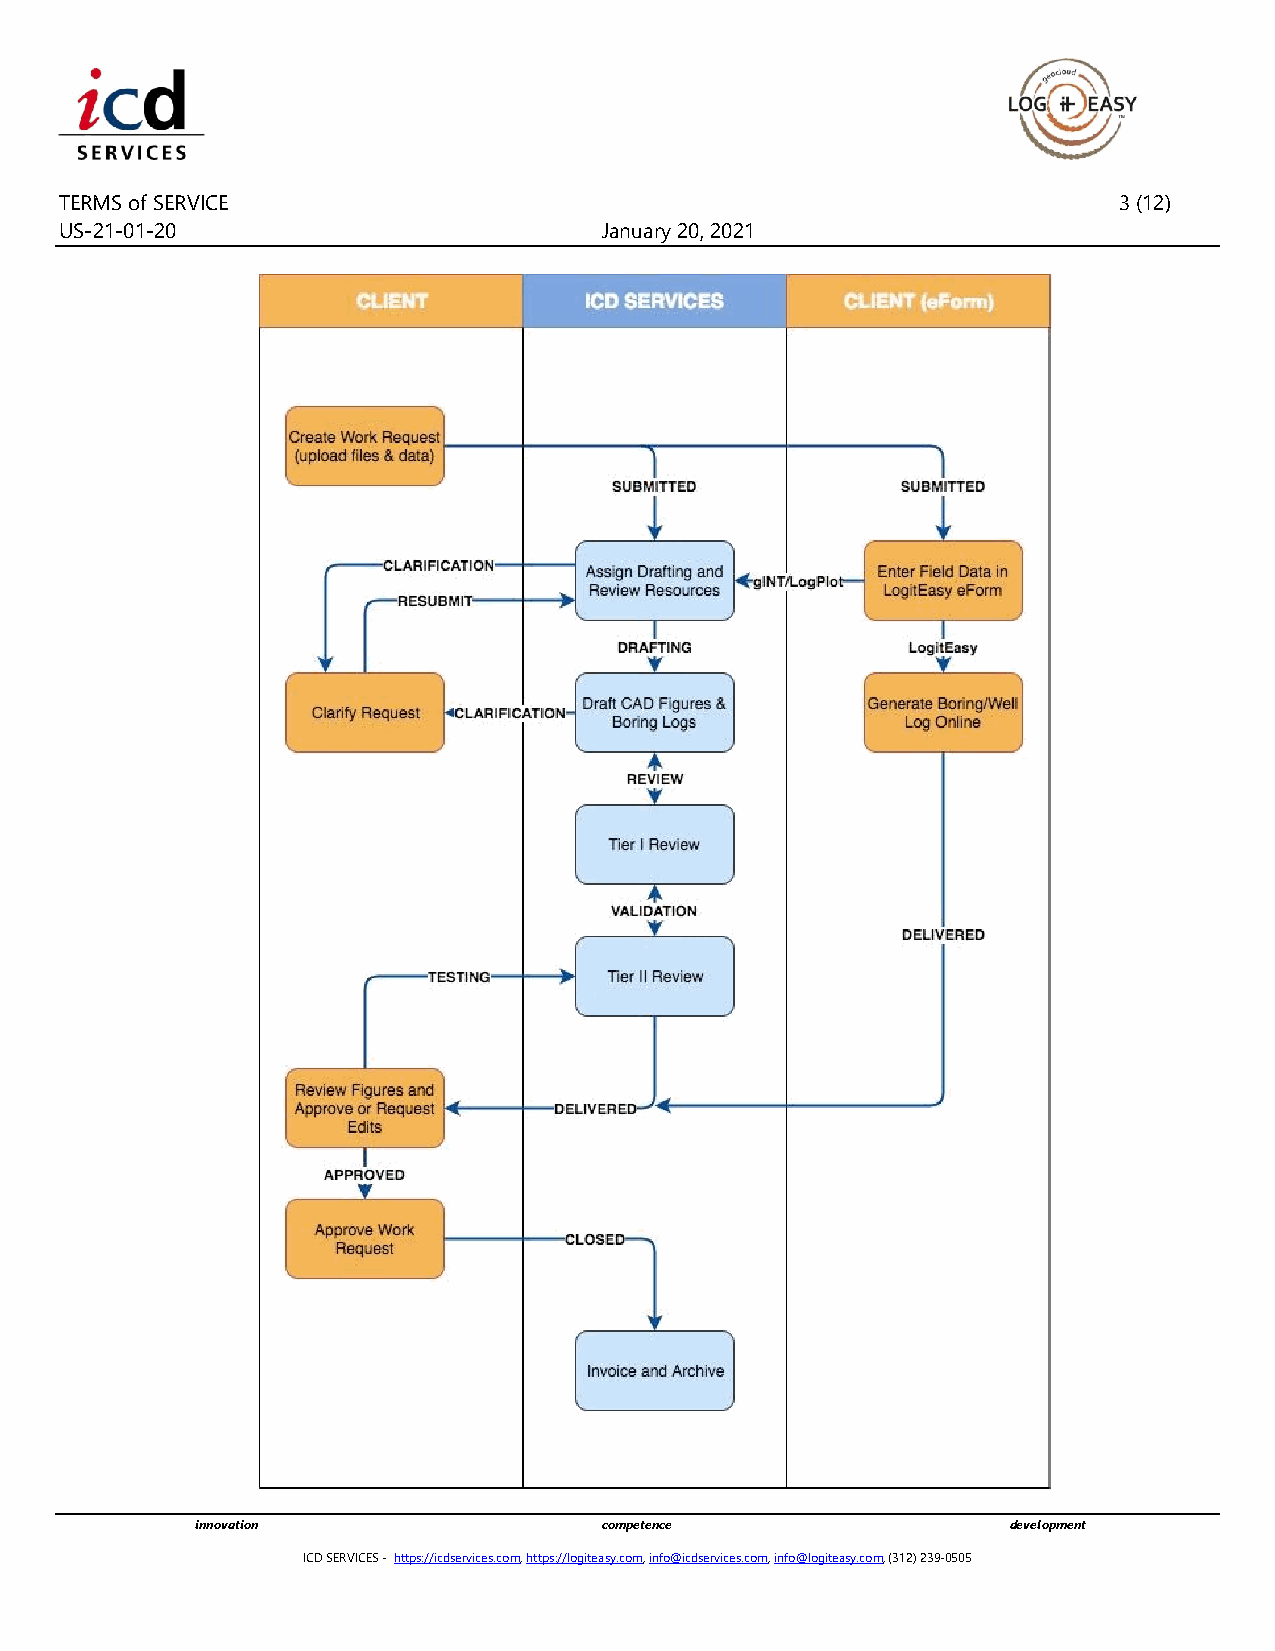
TERMS of SERVICE                                                      3 (12)
 US-21-01-20                         January 20, 2021
 innovation                 competence                 development
 ICD SERVICES - https://icdservices.com, https://logiteasy.com, info@icdservices.com, info@logiteasy.com, (312) 239-0505